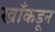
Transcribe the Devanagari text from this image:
खाँकडून